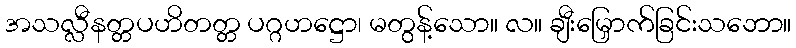
အသလ္လီနတ္တပဟိတတ္တ ပဂ္ဂဟဋ္ဌော၊ မတွန့်သော။ လ။ ချီးမြှောက်ခြင်းသဘော။